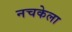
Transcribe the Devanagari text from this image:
नचकेला